Indian journal of veterinary science and animal husbandry - Volume 1,
Year: 1931
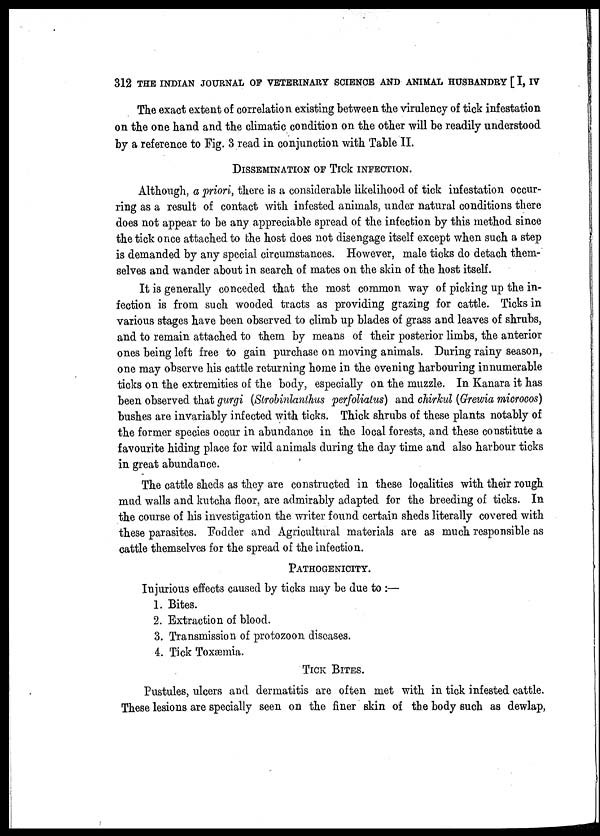
312 THE INDIAN JOURNAL OF VETERINARY SCIENCE AND ANIMAL HUSBANDRY [ I, IV
The exact extent of correlation existing between the virulency of tick infestation
on the one hand and the climatic condition on the other will be readily understood
by a reference to Fig. 3 read in conjunction with Table II.
DISSEMINATION OF TICK INFECTION.
Although, a priori, there is a considerable likelihood of tick infestation occur-
ring as a result of contact with infested animals, under natural conditions there
does not appear to be any appreciable spread of the infection by this method since
the tick once attached to the host does not disengage itself except when such a step
is demanded by any special circumstances. However, male ticks do detach them-
selves and wander about in search of mates on the skin of the host itself.
It is generally conceded that the most common way of picking up the in-
fection is from such wooded tracts as providing grazing for cattle. Ticks in
various stages have been observed to climb up blades of grass and leaves of shrubs,
and to remain attached to them by means of their posterior limbs, the anterior
ones being left free to gain purchase on moving animals. During rainy season,
one may observe his cattle returning home in the evening harbouring innumerable
ticks on the extremities of the body, especially on the muzzle. In Kanara it has
been observed that gurgi (Strobinlanthus perfoliatus) and chirkul (Grewia microcos)
bushes are invariably infected with ticks. Thick shrubs of these plants notably of
the former species occur in abundance in the local forests, and these constitute a
favourite hiding place for wild animals during the day time and also harbour ticks
in great abundance.
The cattle sheds as they are constructed in these localities with their rough
mud walls and kutcha floor, are admirably adapted for the breeding of ticks. In
the course of his investigation the writer found certain sheds literally covered with
these parasites. Fodder and Agricultural materials are as much responsible as
cattle themselves for the spread of the infection.
PATHOGENICITY.
Injurious effects caused by ticks may be due to :—
1. Bites.
2. Extraction of blood.
3. Transmission of protozoon diseases.
4. Tick Toxæmia.
TICK BITES.
Pustules, ulcers and dermatitis are often met with in tick infested cattle.
These lesions are specially seen on the finer skin of the body such as dewlap,